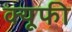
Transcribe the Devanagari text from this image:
क्यूफी